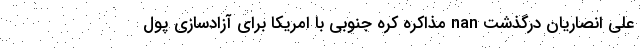
علی انصاریان درگذشت nan مذاکره کره جنوبی با امریکا برای آزادسازی پول